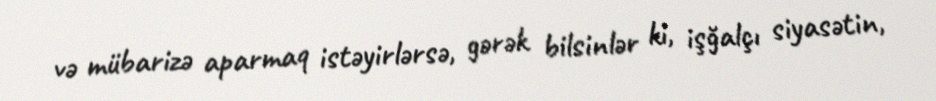
və mübarizə aparmaq istəyirlərsə, gərək bilsinlər ki, işğalçı siyasətin,